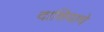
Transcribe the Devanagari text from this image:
दाशियाचे